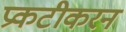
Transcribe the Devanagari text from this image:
प्रकटीकरन